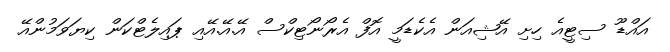
އައްޑޫ ސިޓީއެ ހިށި އޭޝިއަން އެކެޑަމީ އޮފް އެރޯނޯޓިކްސް އޭ.އޭ.އޭއި ޕައިލެޓްކަން ކިޔަވަމުންއޭ